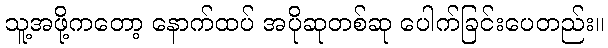
သူ့အဖို့ကတော့ နောက်ထပ် အပိုဆုတစ်ဆု ပေါက်ခြင်းပေတည်း။